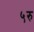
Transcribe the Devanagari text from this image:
५रु